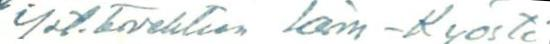
Yst.tervehtien Larin-Kyösti